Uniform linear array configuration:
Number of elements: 4
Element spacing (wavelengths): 0.25
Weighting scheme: hamming
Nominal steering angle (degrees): -15
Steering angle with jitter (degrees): -13.572
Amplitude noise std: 0.05
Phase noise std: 0.05

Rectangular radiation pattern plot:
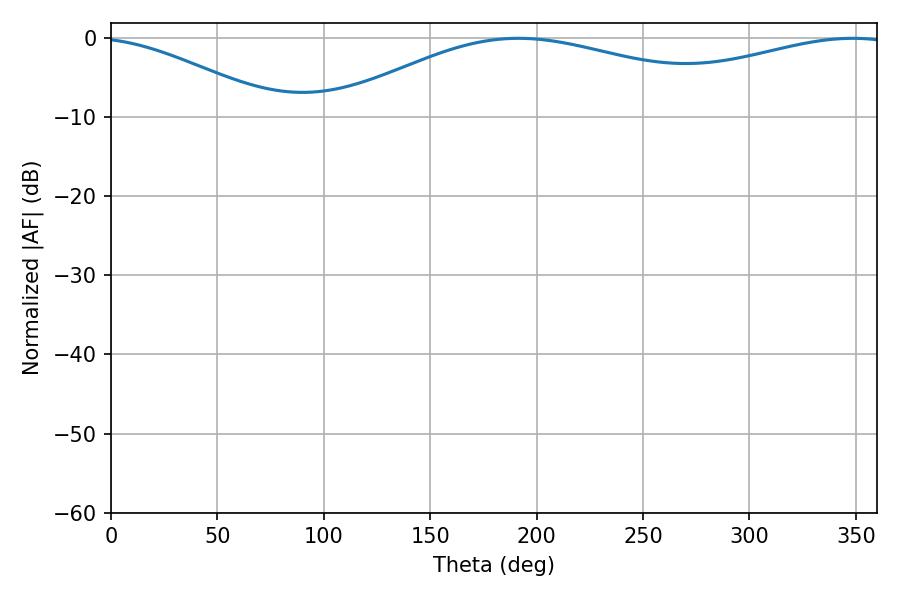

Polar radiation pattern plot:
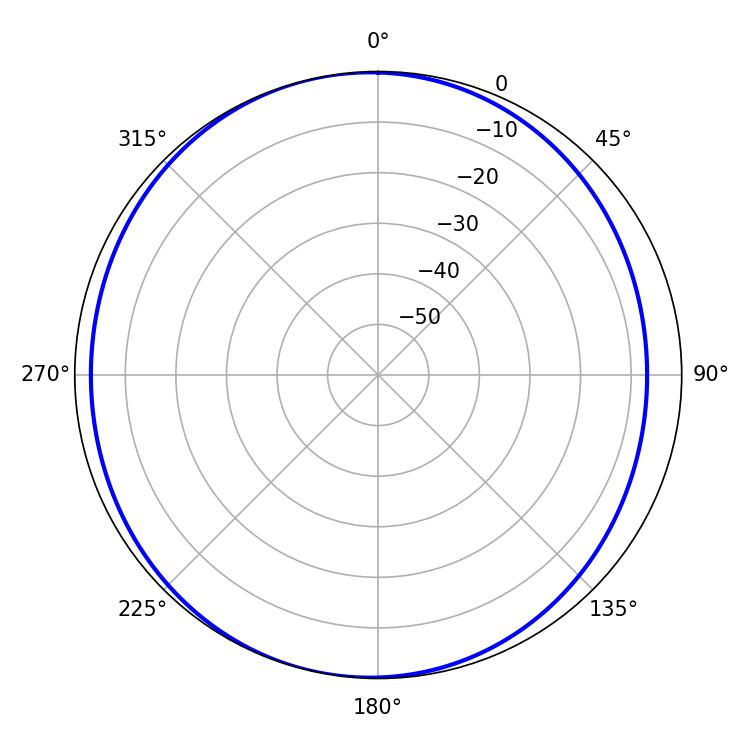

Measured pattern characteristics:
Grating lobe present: FALSE
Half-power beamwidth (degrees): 114.48
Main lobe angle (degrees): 191.52